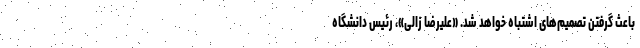
باعث گرفتن تصمیم‌های اشتباه خواهد شد. «علیرضا زالی»، رئیس دانشگاه